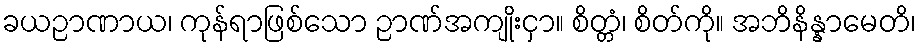
ခယဉာဏာယ၊ ကုန်ရာဖြစ်သော ဉာဏ်အကျိုးငှာ။ စိတ္တံ၊ စိတ်ကို။ အဘိနိန္နာမေတိ၊